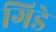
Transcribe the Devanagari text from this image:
गिडे